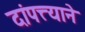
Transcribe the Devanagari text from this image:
दांपत्त्याने